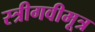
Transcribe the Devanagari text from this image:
स्त्रीगवीमूत्र